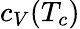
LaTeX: c_{V}(T_{c})